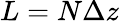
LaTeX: L=N\Delta z